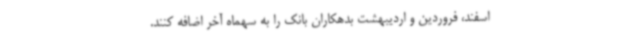
اسفند، فروردین و اردیبهشت بدهکاران بانک را به سهماه آخر اضافه کنند.